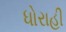
ધોરાહી